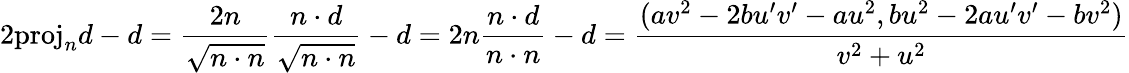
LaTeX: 2{\mathrm{proj}}_{n}d-d={\frac{2n}{\sqrt{n\cdot n}}}{\frac{n\cdot d}{\sqrt{n\cdot n}}}-d=2n{\frac{n\cdot d}{n\cdot n}}-d={\frac{(av^{2}-2bu^{\prime}v^{\prime}-au^{2},bu^{2}-2au^{\prime}v^{\prime}-bv^{2})}{v^{2}+u^{2}}}